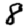
Digit: 8